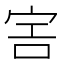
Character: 𡧱